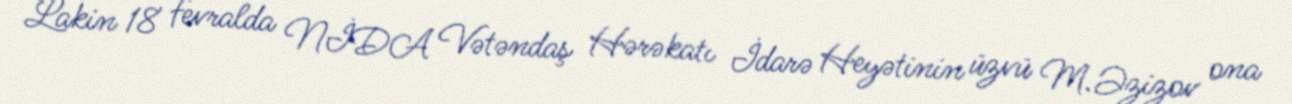
Lakin 18 fevralda NİDA Vətəndaş Hərəkatı İdarə Heyətinin üzvü M.Əzizov ona